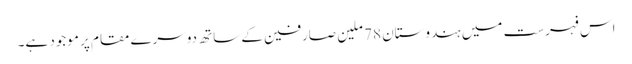
اس فہرست میں ہندوستان 78 ملین صارفین کے ساتھ دوسرے مقام پر موجود ہے۔